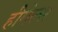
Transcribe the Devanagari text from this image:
हीगेल्स